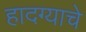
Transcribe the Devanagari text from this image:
हादग्याचे